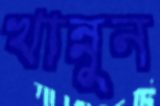
খান্নুন